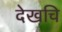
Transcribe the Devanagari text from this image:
देखचि